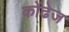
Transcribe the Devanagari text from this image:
कोंढेज